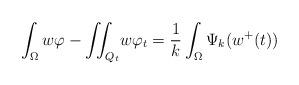
LaTeX: \begin{align*}\int_{\Omega}w\varphi-{\displaystyle\iint_{Q_{t}}}w\varphi_{t}=\frac{1}{k}\int_{\Omega}\Psi_{k}(w^{+}(t))\end{align*}